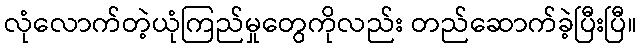
လုံလောက်တဲ့ယုံကြည်မှုတွေကိုလည်း တည်ဆောက်ခဲ့ပြီးပြီ။